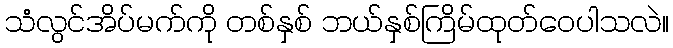
သံလွင်အိပ်မက်ကို တစ်နှစ် ဘယ်နှစ်ကြိမ်ထုတ်ဝေပါသလဲ။